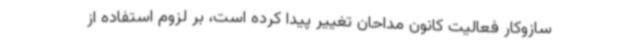
سازوکار فعالیت کانون مداحان تغییر پیدا کرده است، بر لزوم استفاده از